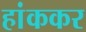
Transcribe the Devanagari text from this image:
हांककर